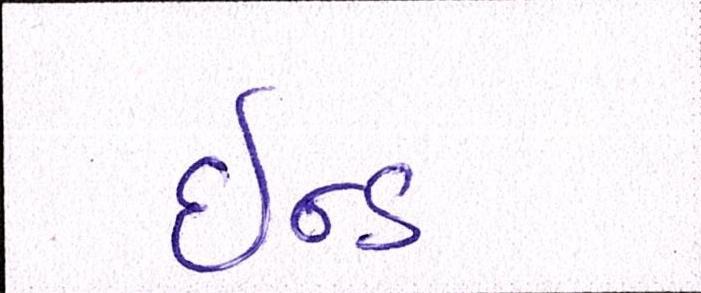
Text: ઇન્ડ